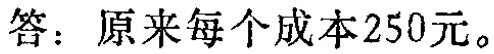
答：原来每个成本250元。